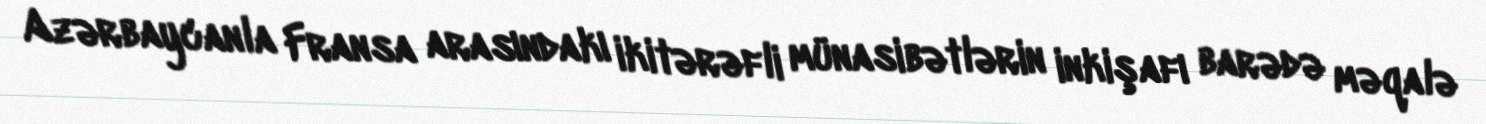
Azərbaycanla Fransa arasındakı ikitərəfli münasibətlərin inkişafı barədə məqalə